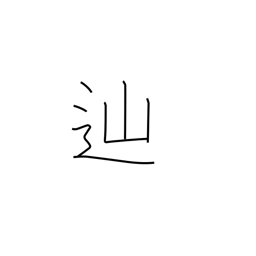
Meaning: pursue